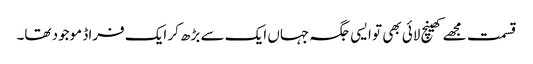
قسمت مجھے کھینچ لائی بھی تو ایسی جگہ جہاں ایک سے بڑھ کر ایک فراڈ موجود تھا۔